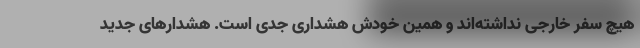
هیچ سفر خارجی نداشته‌اند و همین خودش هشداری جدی است. هشدارهای جدید